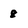
Character: 8